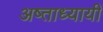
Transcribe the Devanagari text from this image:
अष्ताध्यायी